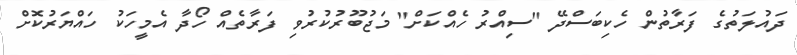
ދައުލަތުގެ ފަރާތުން ހެކިބަސްދޭ "ސިއްރު ހެއްކަށް" މަޖުބޫރުކުރުވި ފަރާތެއް ހޯދާ އެމީހަކު ހައްޔަރުކޮށް